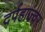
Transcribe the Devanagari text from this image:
दर्पहाज्वर